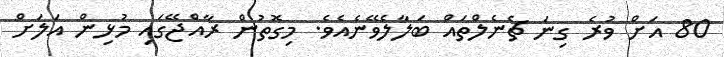
80 އަށް ވުރެ ގިނަ ޗެނެލްތައް ބަލާލެވޭނެއެވެ. މިގޮތުން ރާއްޖޭގައި މުޅިން އަލަށް